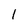
Character: l